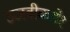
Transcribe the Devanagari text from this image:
उजवीकडे१